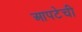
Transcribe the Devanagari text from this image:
आपटेची